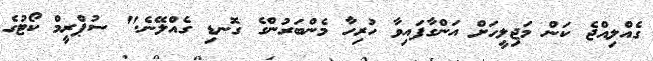
ގެއްލިއްޖެ ކަން މަޖިލީހަށް އަންގާފައިވާ ހުރިހާ މެންބަރުންގެ ގޮނޑި ގެއްލޭނެ." ސުޕްރީމް ކޯޓުގެ